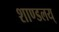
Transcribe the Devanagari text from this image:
शाण्डलय्